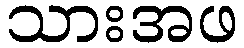
သားအဖ